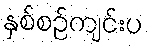
နှစ်စဉ်ကျင်းပ